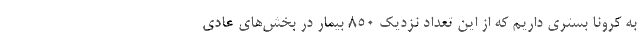
به کرونا بستری داریم که از این تعداد نزدیک ۸۵۰ بیمار در بخش‌های عادی